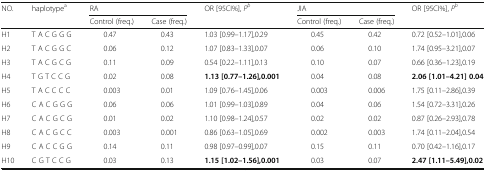
<table><thead><tr><td rowspan="2"><b>NO.</b></td><td rowspan="2"><b>haplotype<sup>a</sup></b></td><td colspan="2"><b>RA</b></td><td rowspan="2"><b>OR [95CI%], <i>P</i><sup><i>b</i></sup></b></td><td colspan="2"><b>JIA</b></td><td rowspan="2"><b>OR [95CI%], <i>P</i><sup><i>b</i></sup></b></td></tr><tr><td><b>Control (freq.)</b></td><td><b>Case (freq.)</b></td><td><b>Control (freq.)</b></td><td><b>Case (freq.)</b></td></tr></thead><tbody><tr><td>H1</td><td>T A C G G G</td><td>0.47</td><td>0.43</td><td>1.03 [0.99–1.17],0.29</td><td>0.45</td><td>0.42</td><td>0.72 [0.52–1.01],0.06</td></tr><tr><td>H2</td><td>T A C G G C</td><td>0.06</td><td>0.12</td><td>1.07 [0.83–1.33],0.07</td><td>0.06</td><td>0.10</td><td>1.74 [0.95–3.21],0.07</td></tr><tr><td>H3</td><td>T A C G C G</td><td>0.11</td><td>0.09</td><td>0.54 [0.22–1.11],0.13</td><td>0.10</td><td>0.07</td><td>0.66 [0.36–1.23],0.19</td></tr><tr><td>H4</td><td>T G T C C G</td><td>0.02</td><td>0.08</td><td><b>1.13 [0.77–1.26],0.001</b></td><td>0.04</td><td>0.08</td><td><b>2.06 [1.01–4.21] 0.04</b></td></tr><tr><td>H5</td><td>T A C C C C</td><td>0.003</td><td>0.01</td><td>1.09 [0.76–1.45],0.06</td><td>0.003</td><td>0.006</td><td>1.75 [0.11–2.86],0.39</td></tr><tr><td>H6</td><td>C A C G G G</td><td>0.06</td><td>0.06</td><td>1.01 [0.99–1.03],0.89</td><td>0.04</td><td>0.06</td><td>1.54 [0.72–3.31],0.26</td></tr><tr><td>H7</td><td>C A C G C G</td><td>0.01</td><td>0.02</td><td>1.10 [0.98–1.24],0.57</td><td>0.02</td><td>0.02</td><td>0.87 [0.26–2.93],0.78</td></tr><tr><td>H8</td><td>C A C G C C</td><td>0.003</td><td>0.001</td><td>0.86 [0.63–1.05],0.69</td><td>0.002</td><td>0.003</td><td>1.74 [0.11–2.04],0.54</td></tr><tr><td>H9</td><td>C A C C G G</td><td>0.14</td><td>0.11</td><td>0.98 [0.97–0.99],0.07</td><td>0.15</td><td>0.11</td><td>0.70 [0.42–1.16],0.17</td></tr><tr><td>H10</td><td>C G T C C G</td><td>0.03</td><td>0.13</td><td><b>1.15 [1.02–1.56],0.001</b></td><td>0.03</td><td>0.07</td><td><b>2.47 [1.11–5.49],0.02</b></td></tr></tbody></table>